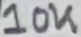
Text: 10K